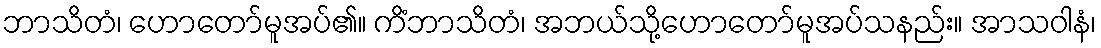
ဘာသိတံ၊ ဟောတော်မူအပ်၏။ ကိံဘာသိတံ၊ အဘယ်သို့ဟောတော်မူအပ်သနည်း။ အာသဝါနံ၊